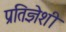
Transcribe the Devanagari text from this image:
प्रतिज्ञेशी